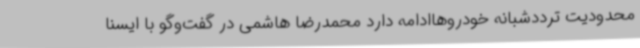
محدودیت ترددشبانه خودروهاادامه دارد محمدرضا هاشمی در گفت‌وگو با ایسنا